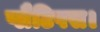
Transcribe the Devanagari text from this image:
प्लैटिपस।